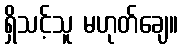
ရှိသင့်သူ မဟုတ်ချေ။